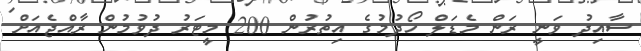
ސާއިދު ވަނީ ރަން މެޑަލް ހޯދުމުގެ އިތުރުން 200 މީޓަރު ދުވުމުން ރާއްޖެއަށް